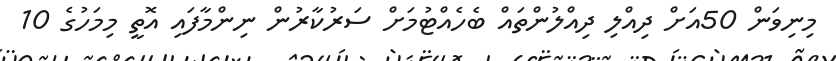
މިނިވަން 50އަށް ދިއްލި ދިއްލުންތައް ބެހެއްޓުމަށް ސަރުކާރުން ނިންމާފައި އޮތީ މިމަހުގެ 10